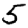
Digit: 5